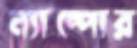
ন্যাম্পোর